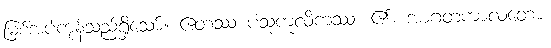
မြစ်အပ်ကုန်သည်ရှိသော်။ ဧတဿ ပံသုကူလိကဿ၊ ၏။ အာဂတကာလတော၊